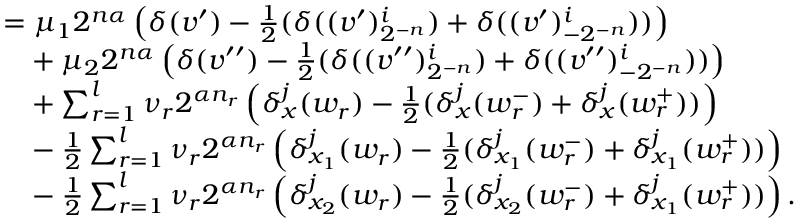
\begin{array} { r l } & { = \mu _ { 1 } 2 ^ { n \alpha } \left( \delta ( v ^ { \prime } ) - \frac 1 2 ( \delta ( ( v ^ { \prime } ) _ { 2 ^ { - n } } ^ { i } ) + \delta ( ( v ^ { \prime } ) _ { - 2 ^ { - n } } ^ { i } ) ) \right) } \\ & { \phantom { = } + \mu _ { 2 } 2 ^ { n \alpha } \left( \delta ( v ^ { \prime \prime } ) - \frac 1 2 ( \delta ( ( v ^ { \prime \prime } ) _ { 2 ^ { - n } } ^ { i } ) + \delta ( ( v ^ { \prime \prime } ) _ { - 2 ^ { - n } } ^ { i } ) ) \right) } \\ & { \phantom { = } + \sum _ { r = 1 } ^ { l } \nu _ { r } 2 ^ { \alpha n _ { r } } \left( \delta _ { x } ^ { j } ( w _ { r } ) - \frac 1 2 ( \delta _ { x } ^ { j } ( w _ { r } ^ { - } ) + \delta _ { x } ^ { j } ( w _ { r } ^ { + } ) ) \right) } \\ & { \phantom { = } - \frac 1 2 \sum _ { r = 1 } ^ { l } \nu _ { r } 2 ^ { \alpha n _ { r } } \left( \delta _ { x _ { 1 } } ^ { j } ( w _ { r } ) - \frac 1 2 ( \delta _ { x _ { 1 } } ^ { j } ( w _ { r } ^ { - } ) + \delta _ { x _ { 1 } } ^ { j } ( w _ { r } ^ { + } ) ) \right) } \\ & { \phantom { = } - \frac 1 2 \sum _ { r = 1 } ^ { l } \nu _ { r } 2 ^ { \alpha n _ { r } } \left( \delta _ { x _ { 2 } } ^ { j } ( w _ { r } ) - \frac 1 2 ( \delta _ { x _ { 2 } } ^ { j } ( w _ { r } ^ { - } ) + \delta _ { x _ { 1 } } ^ { j } ( w _ { r } ^ { + } ) ) \right) \mathrm { . } } \end{array}